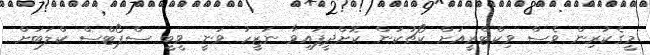
މީގެކުރިން ވެސް ވިކްޓްރީއަށް ކޯޗުކަން ކޮށްދީފައިވާ ނަޒީހު ވަނީ ވީބީ ސްޕޯޓްސް ކްލަބަށް